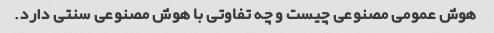
هوش عمومی مصنوعی چیست و چه تفاوتی با هوش مصنوعی سنتی دارد.